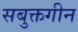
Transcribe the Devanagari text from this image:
सबुक्तगीन